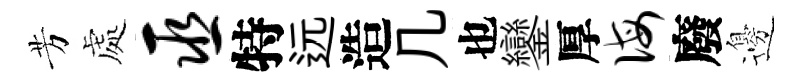
芳處巫特远造几也鑾厚诲廢邊